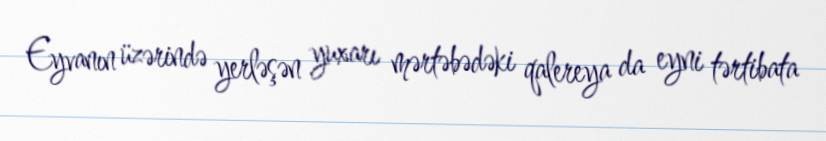
Eyvanın üzərində yerləşən yuxarı mərtəbədəki qalereya da eyni tərtibata